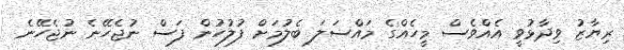
ރިޔާޒު ވިދާޅުވީ އެއްވެސް މީހެއްގެ މައްސަލަ ބެލުމަށް ފުލުހުން ފަސް ނުޖެހޭނެ ނުޖެހޭނެ